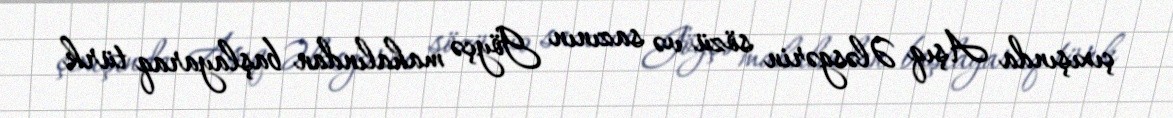
çıxışında Aşıq Ələsgərin sözü və sazının Göyçə mahalından başlayaraq türk